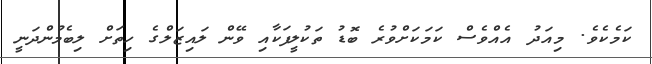
ކަމެކެވެ. މިއަދު އެއްވެސް ކަމަކަށްވުރެ ބޮޑު ތަކުލީފަކާއި ވޭން ލައިޒަލްގެ ހިތަށް ލިބެމުންދަނީ